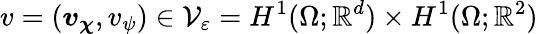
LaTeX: v=(\boldsymbol{v}_{\boldsymbol{\chi}},v_{\psi})\in\mathcal{V}_{\varepsilon}=H^{1}(\Omega;\mathbb{R}^{d})\times H^{1}(\Omega;\mathbb{R}^{2})